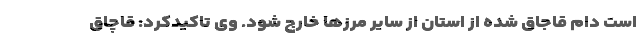
است دام قاجاق شده از استان از سایر مرزها خارج شود. وی تاکیدکرد: قاچاق